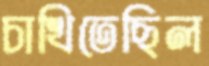
চাখিতেছিল